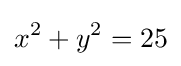
x^{2}+y^{2}=25